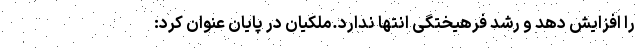
را افزایش دهد و رشد فرهیختگی انتها ندارد.ملکیان در پایان عنوان کرد: